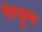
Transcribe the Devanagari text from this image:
रेस्यूम